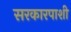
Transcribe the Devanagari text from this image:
सरकारपाशी